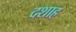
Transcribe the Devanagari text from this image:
दशाह